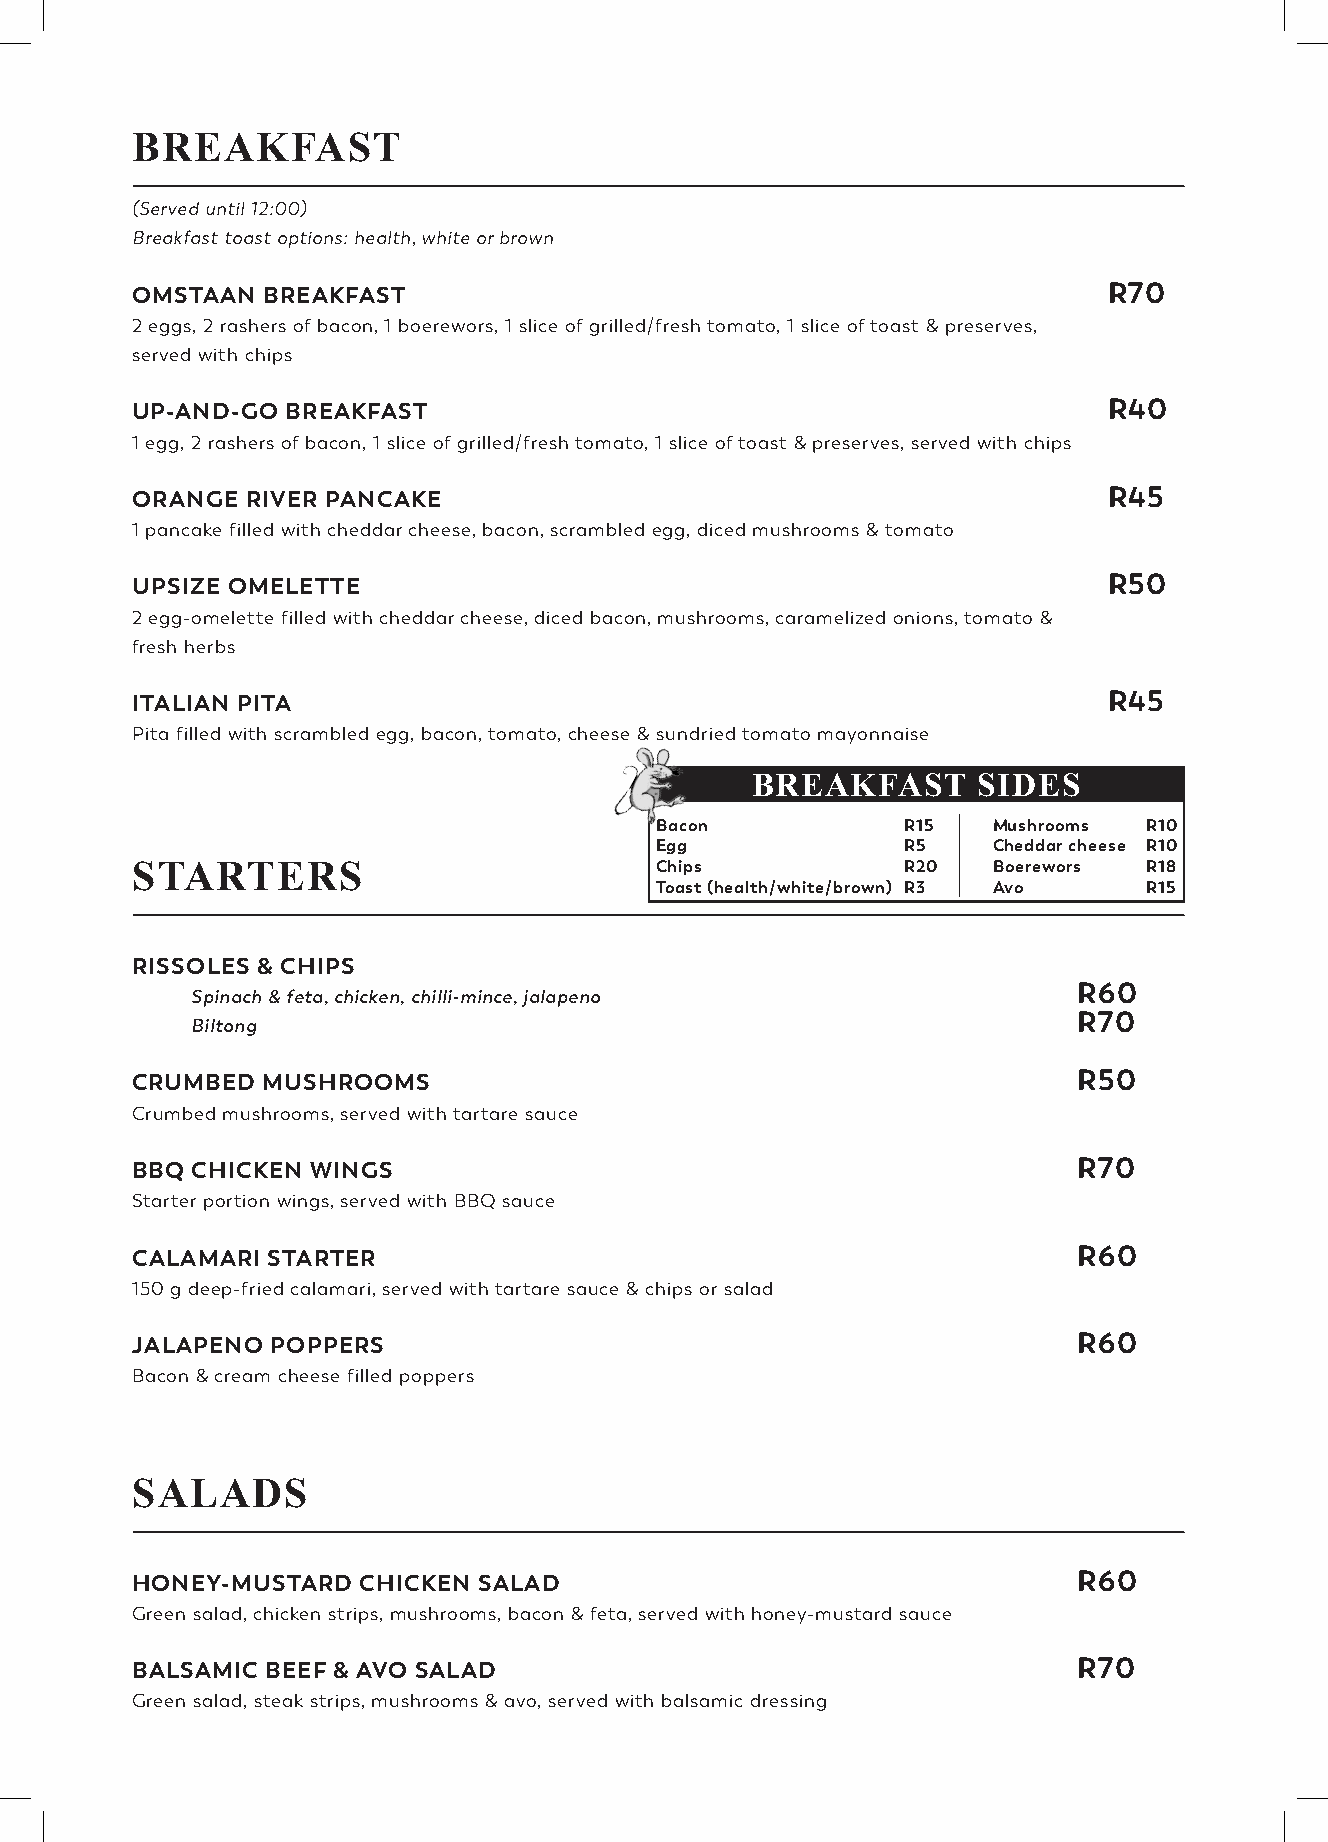
BREAKFAST
 _________________________________________________________________________________________
 (Served until 12:00)
 Breakfast toast options: health, white or brown
 OMSTAAN BREAKFAST                                               R70
 2 eggs, 2 rashers of bacon, 1 boerewors, 1 slice of grilled/fresh tomato, 1 slice of toast & preserves,
 served with chips
 UP-AND-GO BREAKFAST                                             R40
 1 egg, 2 rashers of bacon, 1 slice of grilled/fresh tomato, 1 slice of toast & preserves, served with chips
 ORANGE RIVER PANCAKE                                            R45
 1 pancake filled with cheddar cheese, bacon, scrambled egg, diced mushrooms & tomato
 UPSIZE OMELETTE                                                 R50
 2 egg-omelette filled with cheddar cheese, diced bacon, mushrooms, caramelized onions, tomato &
 fresh herbs
 ITALIAN PITA                                                    R45
 Pita filled with scrambled egg, bacon, tomato, cheese & sundried tomato mayonnaise
 BREAKFAST      SIDES
 Bacon            R15   Mushrooms R10
 Egg              R5    Cheddar cheese R10
 STARTERS                          Chips            R20   Boerewors R18
 Toast (health/white/brown) R3 Avo R15
 _________________________________________________________________________________________
 RISSOLES & CHIPS
 Spinach & feta, chicken, chilli-mince, jalapeno
 R60
 Biltong
 R70
 CRUMBED MUSHROOMS                                             R50
 Crumbed mushrooms, served with tartare sauce
 BBQ CHICKEN WINGS                                             R70
 Starter portion wings, served with BBQ sauce
 CALAMARI STARTER                                              R60
 150 g deep-fried calamari, served with tartare sauce & chips or salad
 JALAPENO POPPERS                                              R60
 Bacon & cream cheese filled poppers
 SALADS
 _________________________________________________________________________________________
 HONEY-MUSTARD  CHICKEN SALAD                                  R60
 Green salad, chicken strips, mushrooms, bacon & feta, served with honey-mustard sauce
 BALSAMIC BEEF & AVO SALAD                                     R70
 Green salad, steak strips, mushrooms & avo, served with balsamic dressing